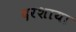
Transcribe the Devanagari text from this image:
दरशाया